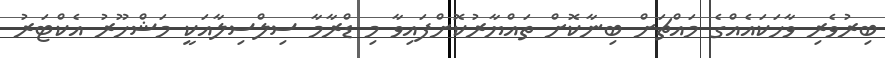
ބިރުވެރި ވާހަކައެއްގެ މައްޗަށް ބިނާކޮށް ތައްޔާރުކޮށްފައިވާ މި ޑްރާމާ ސިލްސިލާއަކީ މަޝްހޫރު އެކްޓަރު